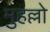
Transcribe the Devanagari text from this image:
मुहल्लो